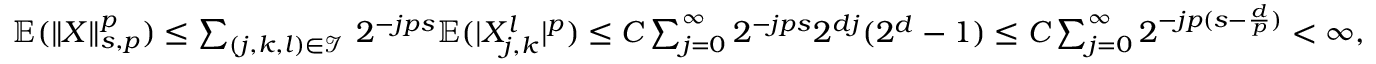
\begin{array} { r } { \mathbb { E } ( \| X \| _ { s , p } ^ { p } ) \le \sum _ { ( j , k , l ) \in \mathbf { \mathcal { I } _ { \Psi } } } 2 ^ { - j p s } \mathbb { E } ( | X _ { j , k } ^ { l } | ^ { p } ) \le C \sum _ { j = 0 } ^ { \infty } 2 ^ { - j p s } 2 ^ { d j } ( 2 ^ { d } - 1 ) \le C \sum _ { j = 0 } ^ { \infty } 2 ^ { - j p ( s - \frac { d } { p } ) } < \infty , } \end{array}